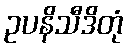
ဥပနိသီဒိတုံ